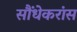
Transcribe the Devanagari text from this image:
सौंधेकरांस